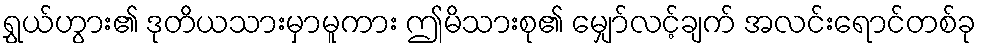
ရွှယ်ဟွား၏ ဒုတိယသားမှာမူကား ဤမိသားစု၏ မျှော်လင့်ချက် အလင်းရောင်တစ်ခု